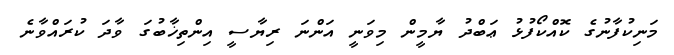
މަނިކުފާނުގެ ކޮއްކޯފުޅު ޢަބްދު ޔާމީން މިވަނީ އަންނަ ރިޔާސީ އިންތިޚާބުގަ ވާދަ ކުރައްވާނެ